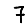
Digit: 7